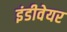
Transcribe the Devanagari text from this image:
इंडीवेयर